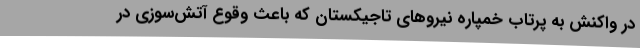
در واکنش به پرتاب خمپاره نیروهای تاجیکستان که باعث وقوع آتش‌سوزی در